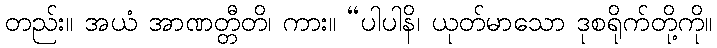
တည်း။ အယံ အာဏတ္တီတိ၊ ကား။ “ပါပါနိ၊ ယုတ်မာသော ဒုစရိုက်တို့ကို။